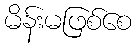
မိန်းမဖြစ်စေ